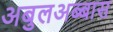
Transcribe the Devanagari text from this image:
अबुलअब्बास